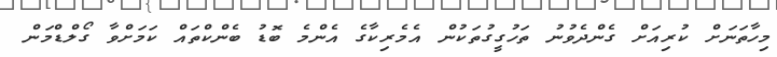
މިހާތަނަށް ކުރިއަށް ގެންދެވުނު ތަހުގީގުތަކުން އެމެރިކާގެ އެންމެ ބޮޑު ބެންކްތައް ކަމަށްވާ ގޯލްޑްމަން